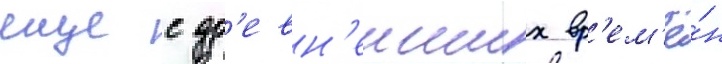
еще с др'евн'еиших вр'ем'ё́н